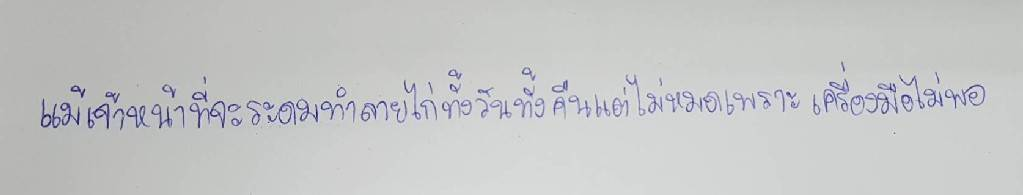
แม้เจ้าหน้าที่จะระดมทำลายไก่ทั้งวันทั้งคืนแต่ไม่หมดเพราะเครื่องมือไม่พอ